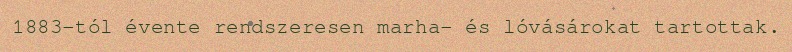
1883-tól évente rendszeresen marha- és lóvásárokat tartottak.